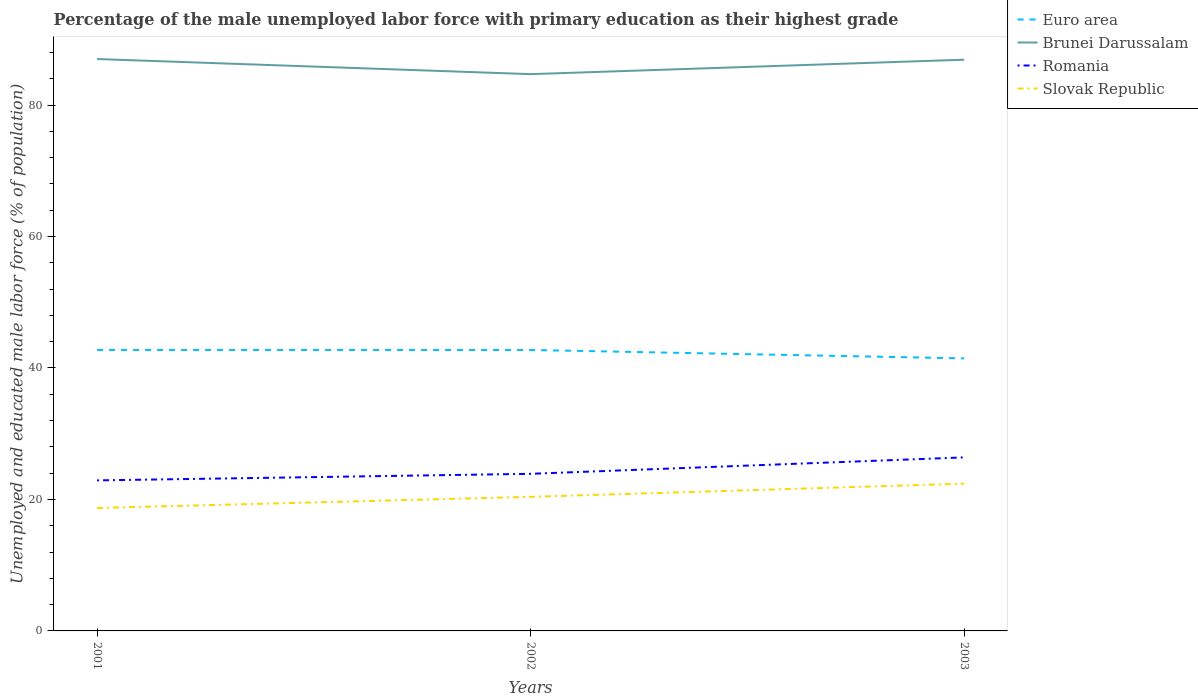
| Years | Euro area | Brunei Darussalam | Romania | Slovak Republic |
 | --- | --- | --- | --- | --- |
 | 2001 | 42.7 | 87 | 22.9 | 18.7 |
 | 2002 | 42.7 | 84.7 | 23.9 | 20.4 |
 | 2003 | 41.5 | 86.9 | 26.4 | 22.4 |